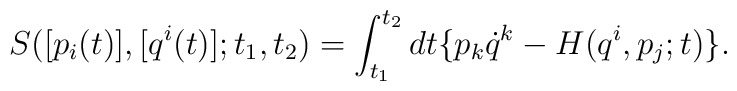
{S}([p_i(t)], [ q^i(t)]; t_1, t_2) =\int_{t_1}^{t_2}dt \{p_{k }{\dot q}^k -{H}({q^i}, {p}_{j};t)\}.